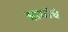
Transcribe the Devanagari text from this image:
बागांचे